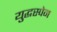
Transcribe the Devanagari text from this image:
युद्धस्पेन